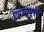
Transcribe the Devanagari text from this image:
एट्टायपुरम